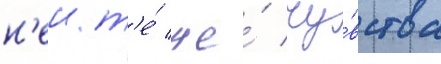
н'еи т'е́ же́ чу́вства